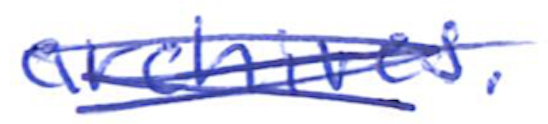
Text: archives.
Cross-out: scratch
Writing tool: ballpoint